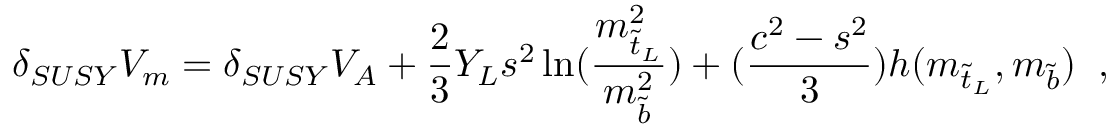
\delta _ { S U S Y } V _ { m } = \delta _ { S U S Y } V _ { A } + \frac { 2 } { 3 } Y _ { L } s ^ { 2 } \ln ( \frac { m _ { \tilde { t } _ { L } } ^ { 2 } } { m _ { \tilde { b } } ^ { 2 } } ) + ( \frac { c ^ { 2 } - s ^ { 2 } } { 3 } ) h ( m _ { \tilde { t } _ { L } } , m _ { \tilde { b } } ) \; \; ,